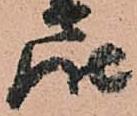
届